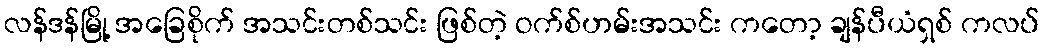
လန်ဒန်မြို့ အခြေစိုက် အသင်းတစ်သင်း ဖြစ်တဲ့ ဝက်စ်ဟမ်းအသင်း ကတော့ ချန်ပီယံရှစ် ကလပ်